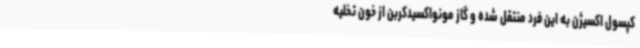
کپسول اکسیژن به این فرد منتقل شده و گاز مونواکسیدکربن از خون تخلیه